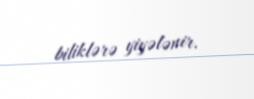
biliklərə yiyələnir.